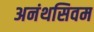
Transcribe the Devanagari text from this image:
अनंथसिवम